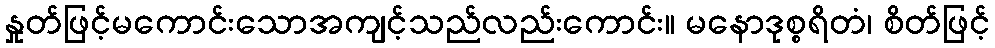
နှုတ်ဖြင့်မကောင်းသောအကျင့်သည်လည်းကောင်း။ မနောဒုစ္စရိတံ၊ စိတ်ဖြင့်